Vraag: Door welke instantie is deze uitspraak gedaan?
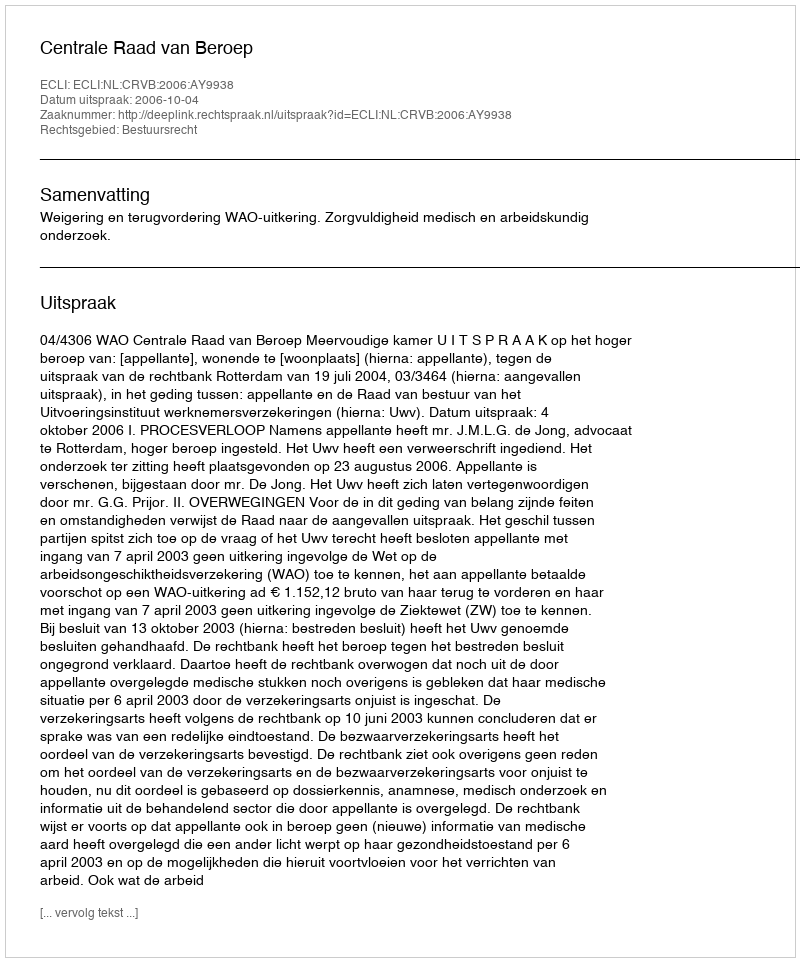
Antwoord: Centrale Raad van Beroep